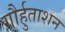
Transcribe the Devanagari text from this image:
गौर्हुताशन